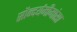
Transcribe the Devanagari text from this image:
सौन्दर्यमीमांसा